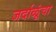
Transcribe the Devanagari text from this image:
जर्दाळूंचा